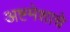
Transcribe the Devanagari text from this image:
अष्टमेशाचे